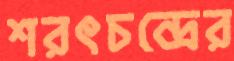
শরৎচন্দ্রের